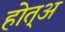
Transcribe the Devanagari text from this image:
होत्अ